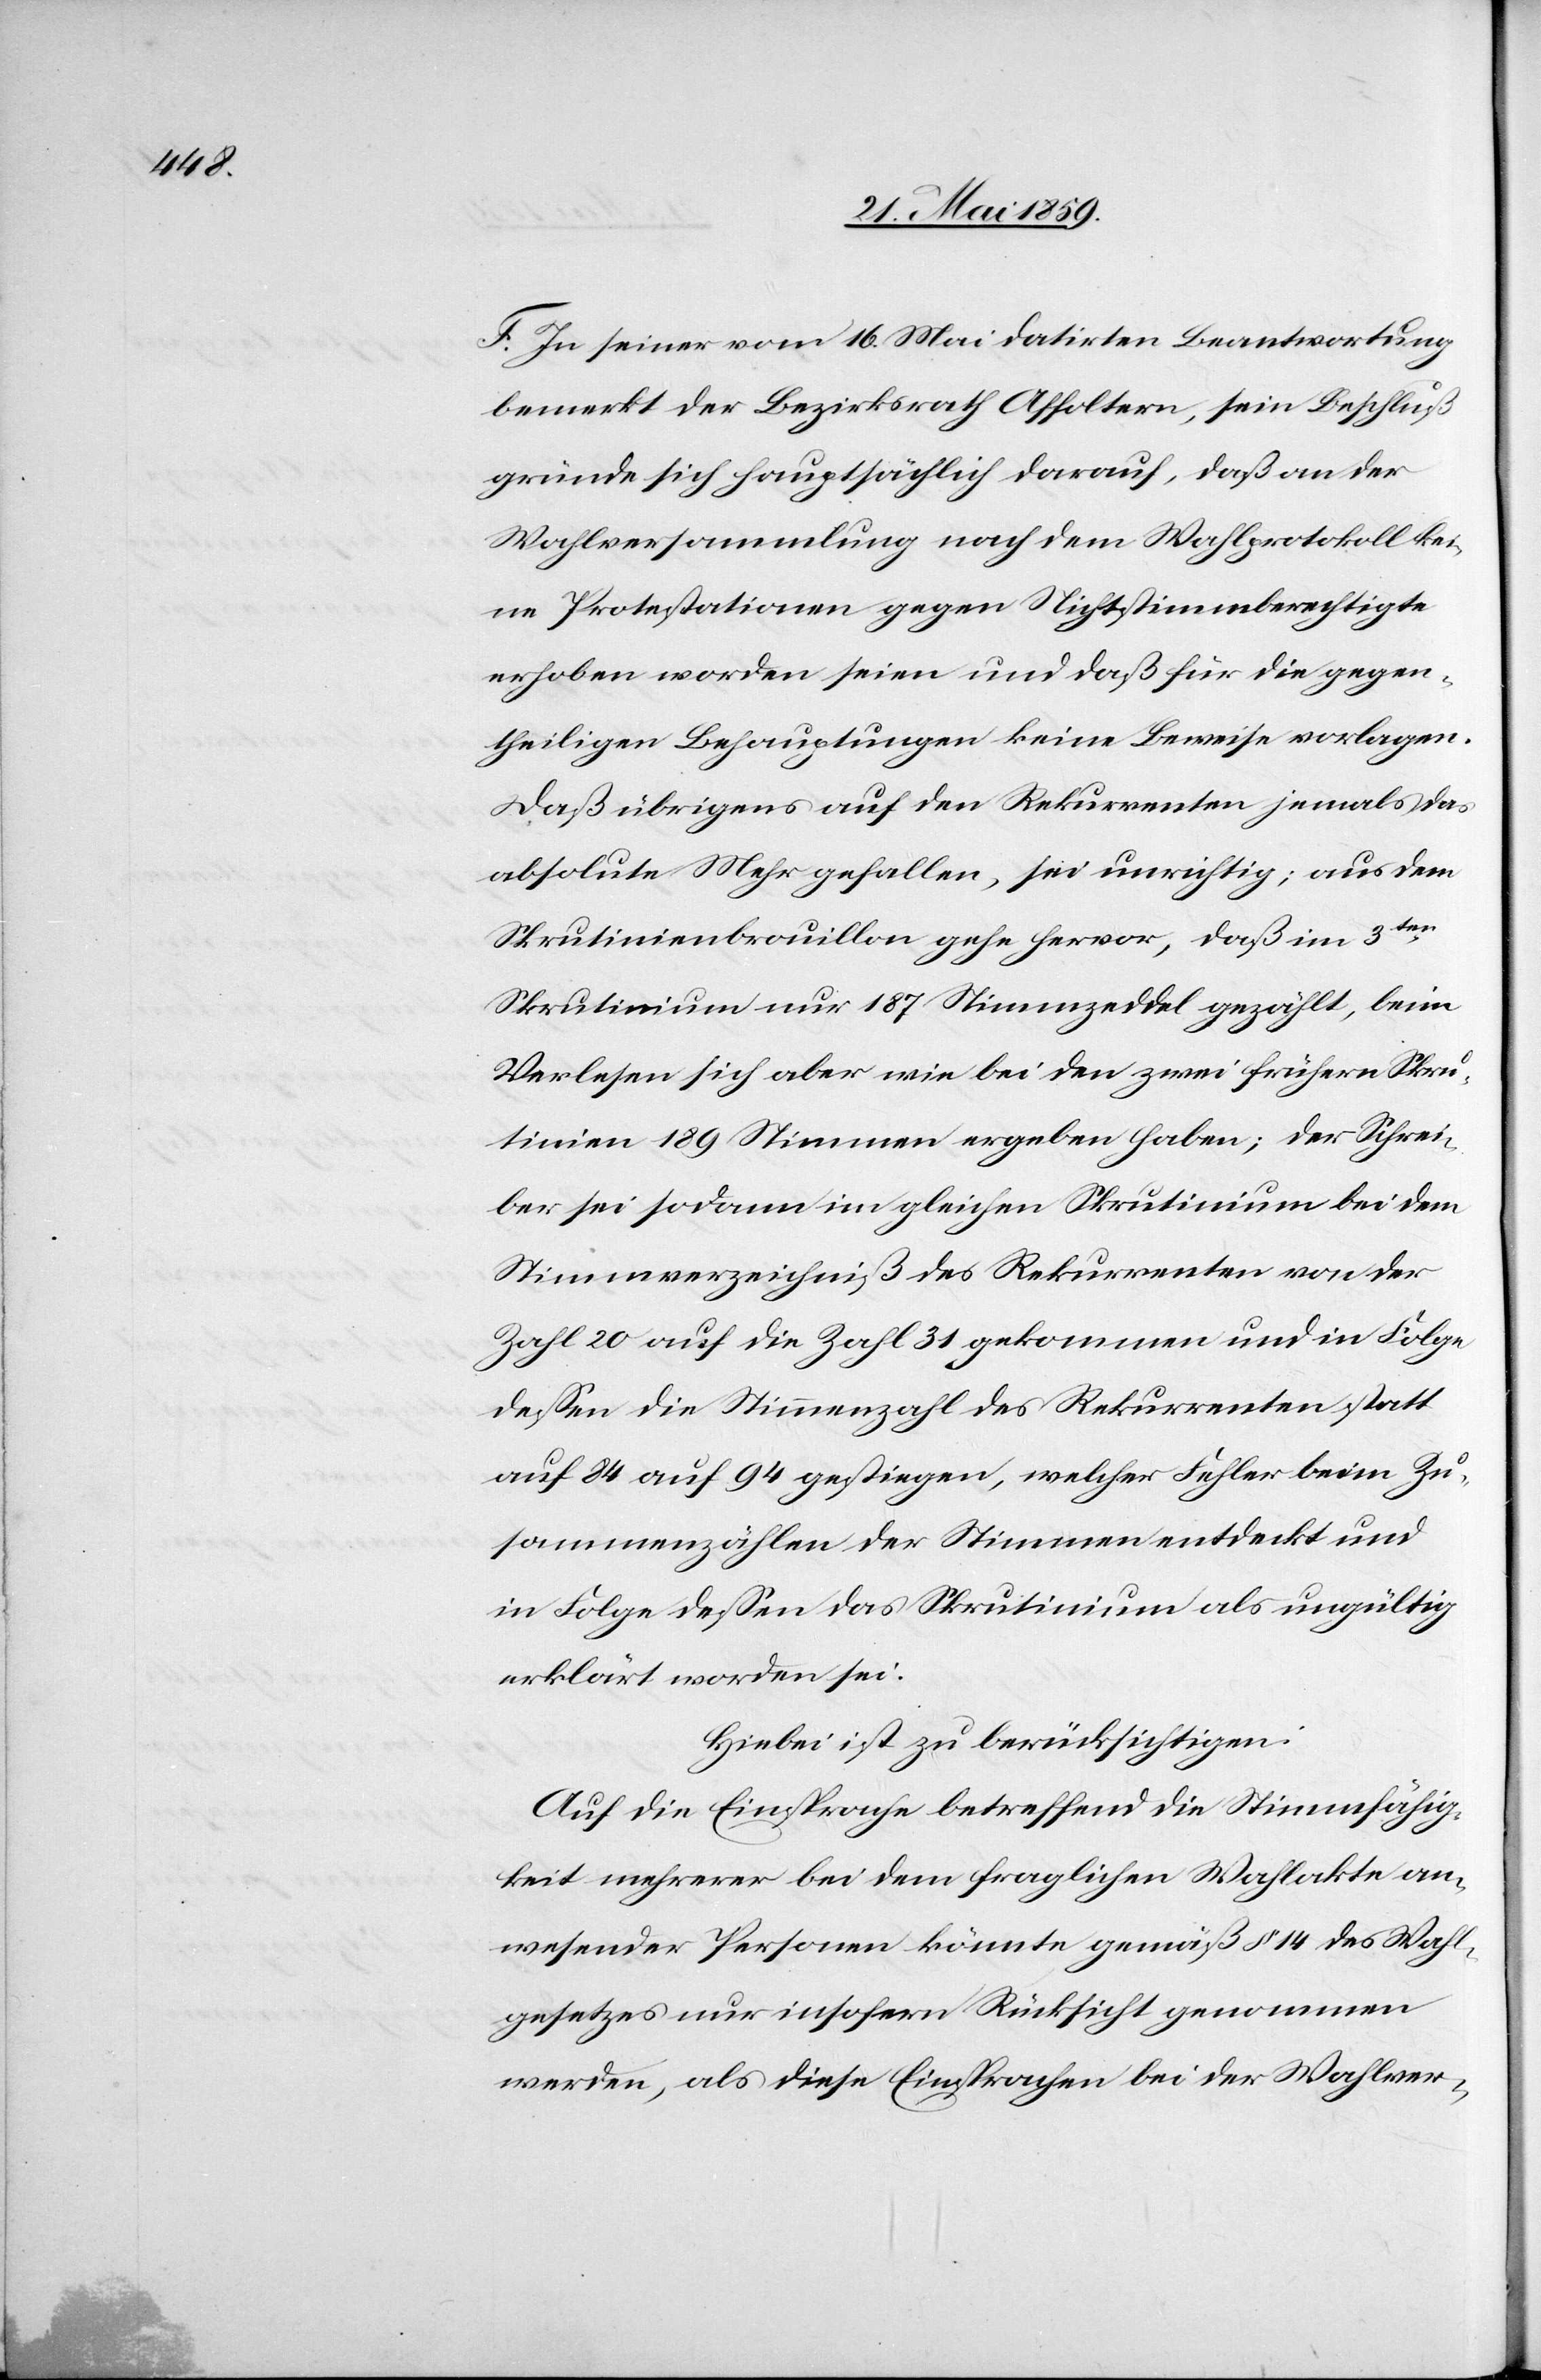
F. Zu seiner vom 16. Mai datirten Beantwortung
bemerkt der Bezirksrath Affoltern, sein Beschluß
gründe sich hauptsächlich darauf, daß an der
Wahlversammung nach dem Wahlprotokoll kei¬
ne Protestationen gegen Nichtstimmberechtigte
erhoben worden seien und daß für die gegen¬
theiligen Behauptungen keine Beweise vorlagen.
Daß übrigens auf den Rekurrenten jemals das
absolute Mehr gefallen, sei unrichtig; aus dem
Skrutinienbrouillon gehe hervor, daß im 3ten
Skrutinium nur 187 Stimmzeddel gezählt, beim
Verlesen sich aber wie bei den zwei früheren Skru¬
tinien 189 Stimmen ergeben haben; der Schrei¬
ber sei sodann im gleichen Skrutinium bei dem
Stimmverzeichniß des Rekurrenten von der
Zahl 20 auf die Zahl 31 gekommen und in Folge
dessen die Stimmenzahl des Rekurrenten statt
auf 84 auf 94 gestiegen, welcher Fehler beim Zu¬
sammenzählen der Stimmen entdeckt und
in Folge dessen das Skrutinium als ungültig
erklärt worden sei.
Hiebei ist zu berücksichtigen:
Auf die Einsprache betreffend die Stimmfähig¬
keit mehrerer bei dem fraglichen Wahlakte an¬
wesender Personen könnte gemäß § 14 des Wahl¬
gesetzes nur insofern Rücksicht genommen
werden, als diese Einsprachen bei der Wahlver-